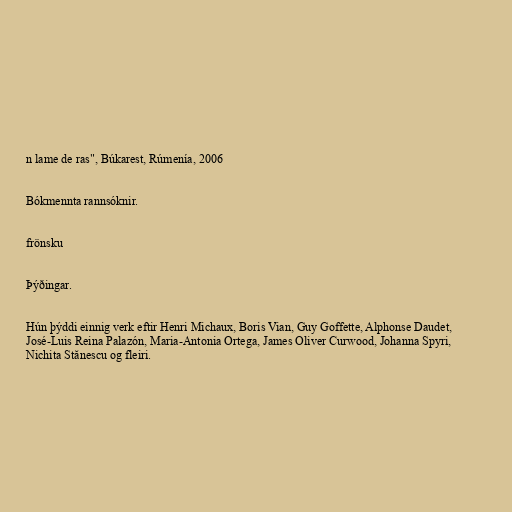
n lame de ras", Búkarest, Rúmenía, 2006

Bókmennta rannsóknir.

frönsku

Þýðingar.

Hún þýddi einnig verk eftir Henri Michaux, Boris Vian, Guy Goffette, Alphonse Daudet,
José-Luis Reina Palazón, Maria-Antonia Ortega, James Oliver Curwood, Johanna Spyri,
Nichita Stănescu og fleiri.